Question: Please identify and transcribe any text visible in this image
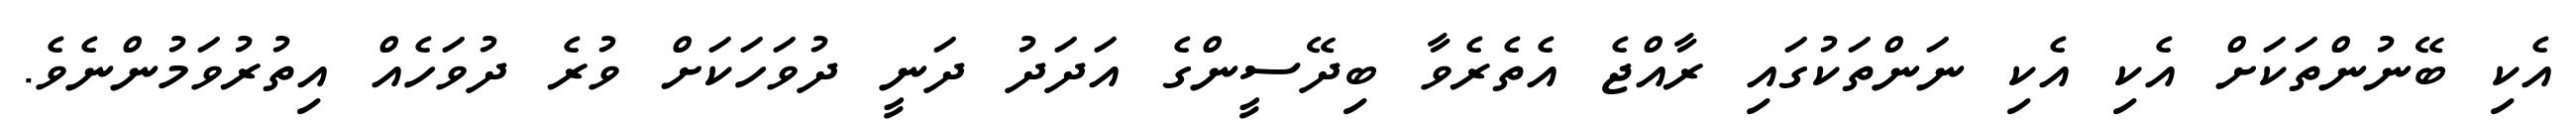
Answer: އެކި ބޭނުންތަކަށް އެކި އެކި ނަންތަކުގައި ރާއްޖެ އެތެރެވާ ބިދޭސީންގެ އަދަދު ދަނީ ދުވަހަކަށް ވުރެ ދުވަހެއް އިތުރުވަމުންނެވެ.